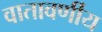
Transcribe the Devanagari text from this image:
वातावर्णीय